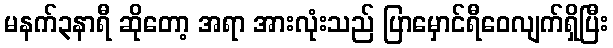
မနက်၃နာရီ ဆိုတော့ အရာ အားလုံးသည် ပြာမှောင်ရီဝေလျက်ရှိပြီး